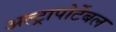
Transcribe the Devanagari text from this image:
अल्ट्रापोर्टेबल